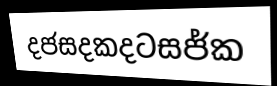
දජසදකදටසජ්ක